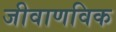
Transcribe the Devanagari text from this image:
जीवाणविक